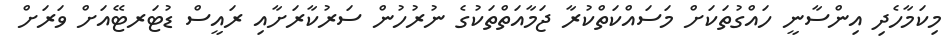
މިކަމާހެދި އިންސާނީ ހައްގުތަކަށް މަސައްކަތްކުރާ ޖަމާއަތްތަކުގެ ނުރުހުން ސަރުކާރަށާއި ރައީސް ޑުޓަރޓޭއަށް ވަރަށް